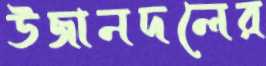
উজানদলের